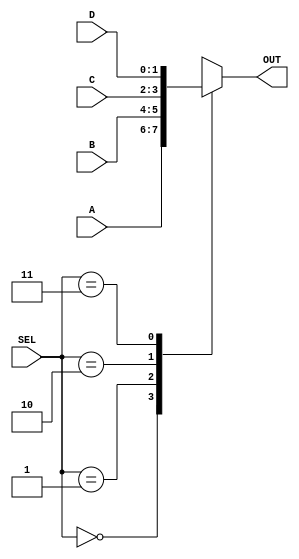
module mux4bit(OUT, A, B, C, D, SEL);

input [1:0] SEL;
input [1:0] A, B, C, D;
output [1:0] OUT;
reg [1:0] OUT;

always @(SEL or A or B or C or D)
  begin
    case (SEL)
      2'b00: OUT = A;
      2'b01: OUT = B;
      2'b10: OUT = C;
      2'b11: OUT = D;
    endcase
  end

endmodule